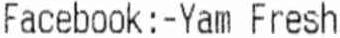
FACEBOOK:-YAM FRESH